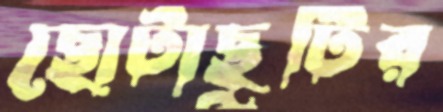
ছোটাছুটির